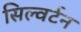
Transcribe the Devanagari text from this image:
सिल्वर्टन